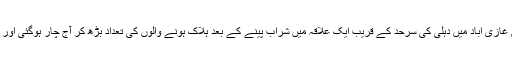
اتر پردیش کے ضلع غازی آباد میں دہلی کی سرحد کے قریب ایک علاقہ میں شراب پینے کے بعد ہلاک ہونے والوں کی تعداد بڑھ کر آج چار ہوگئی اور کئی دیگر بیمار ہیں۔